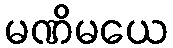
မဏိမယေ